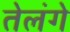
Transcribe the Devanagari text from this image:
तेलंगे